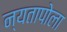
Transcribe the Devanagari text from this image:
न्यतापोला